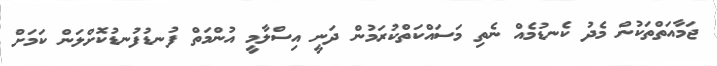
ޖަމާއަތްތަކުން މެދު ކެނޑުމެއް ނެތި މަސައްކަތްކުރަމުން ދަނީ އިސްލާމީ އުންމަތް ފުނޑުފުނޑުކޮށްލަން ކަމަށް